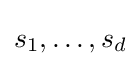
s_{1},\dots ,s_{d}